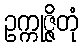
ဥက္ကုဇ္ဇိတုံ